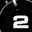
Digit: 2